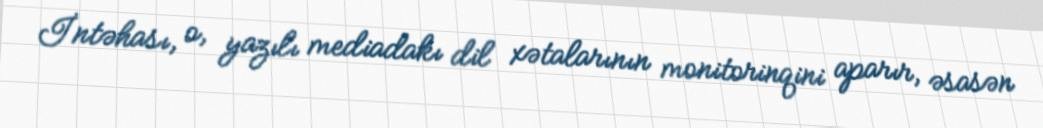
İntəhası, o, yazılı mediadakı dil xətalarının monitorinqini aparır, əsasən